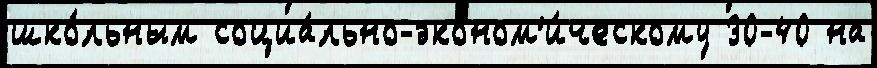
шко́льным социа́льно-эконом'и́ческому 30-40 на